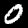
Digit: 0